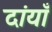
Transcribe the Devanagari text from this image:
दांयाँ